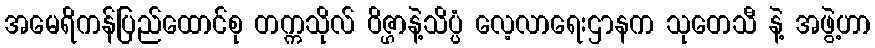
အမေရိကန်ပြည်ထောင်စု တက္ကသိုလ် ဝိဇ္ဌာနဲ့သိပ္ပံ လေ့လာရေးဌာနက သုတေသီ နဲ့ အဖွဲ့ဟာ